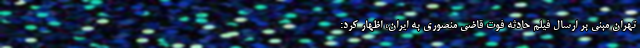
تهران مبنی بر ارسال فیلم حادثه فوت قاضی منصوری به ایران، اظهار‌ کرد: